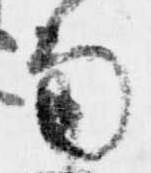
南